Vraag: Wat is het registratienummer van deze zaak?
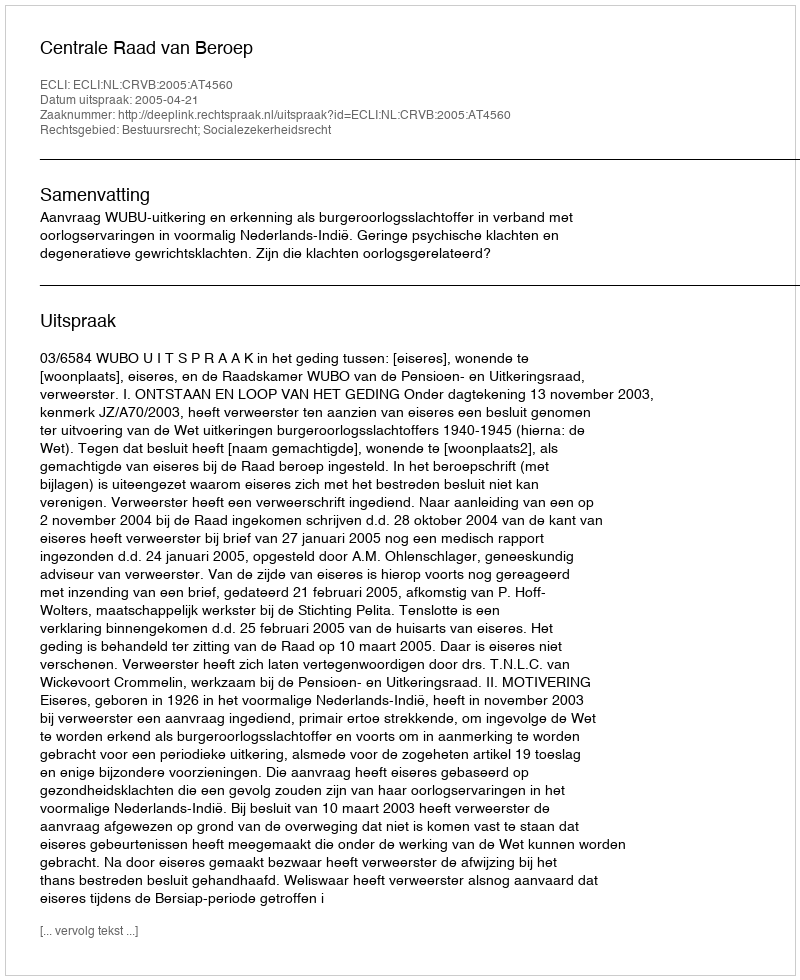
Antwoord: http://deeplink.rechtspraak.nl/uitspraak?id=ECLI:NL:CRVB:2005:AT4560